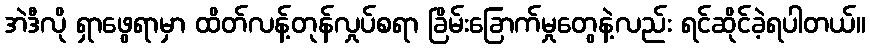
အဲဒီလို ရှာဖွေရာမှာ ထိတ်လန့်တုန်လှုပ်စရာ ခြိမ်းခြောက်မှုတွေနဲ့လည်း ရင်ဆိုင်ခဲ့ရပါတယ်။